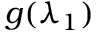
g ( \lambda _ { 1 } )